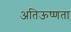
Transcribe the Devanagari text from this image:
अतिऊष्णता